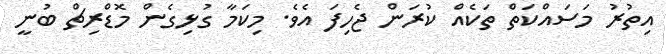
އިތުރު މަސައްކަތް ތަކެއް ކުރަން ޖެހިފަ އެވެ. މިކަމާ ގުޅިގެން މޮޑްރިޗް ބުނީ